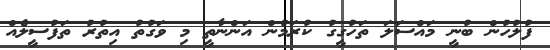
ފުލުހުން ބުނީ މައްސަލަ ތަހުގީގު ކުރަމުން އަންނާތީ މި ވަގުތު އިތުރު ތަފުސީލެއް